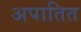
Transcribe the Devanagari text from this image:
अपातित